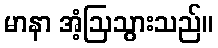
မာနာ အံ့ဩသွားသည်။